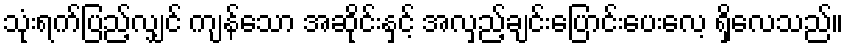
သုံးရက်ပြည့်လျှင် ကျန်သော အဆိုင်းနှင့် အလှည့်ချင်းပြောင်းပေးလေ့ ရှိလေသည်။